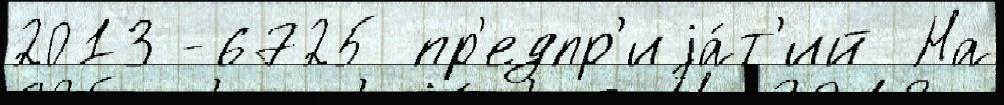
2013 -6725 пр'едпр'иjа́т'ий На